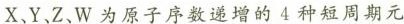
X、Y、Z、W为原子序数递增的4种短周期元